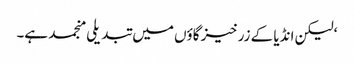
‘ لیکن انڈیا کے زرخیز گاؤں میں تبدیلی منجمد ہے۔